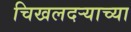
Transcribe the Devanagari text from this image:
चिखलदर्‍याच्या